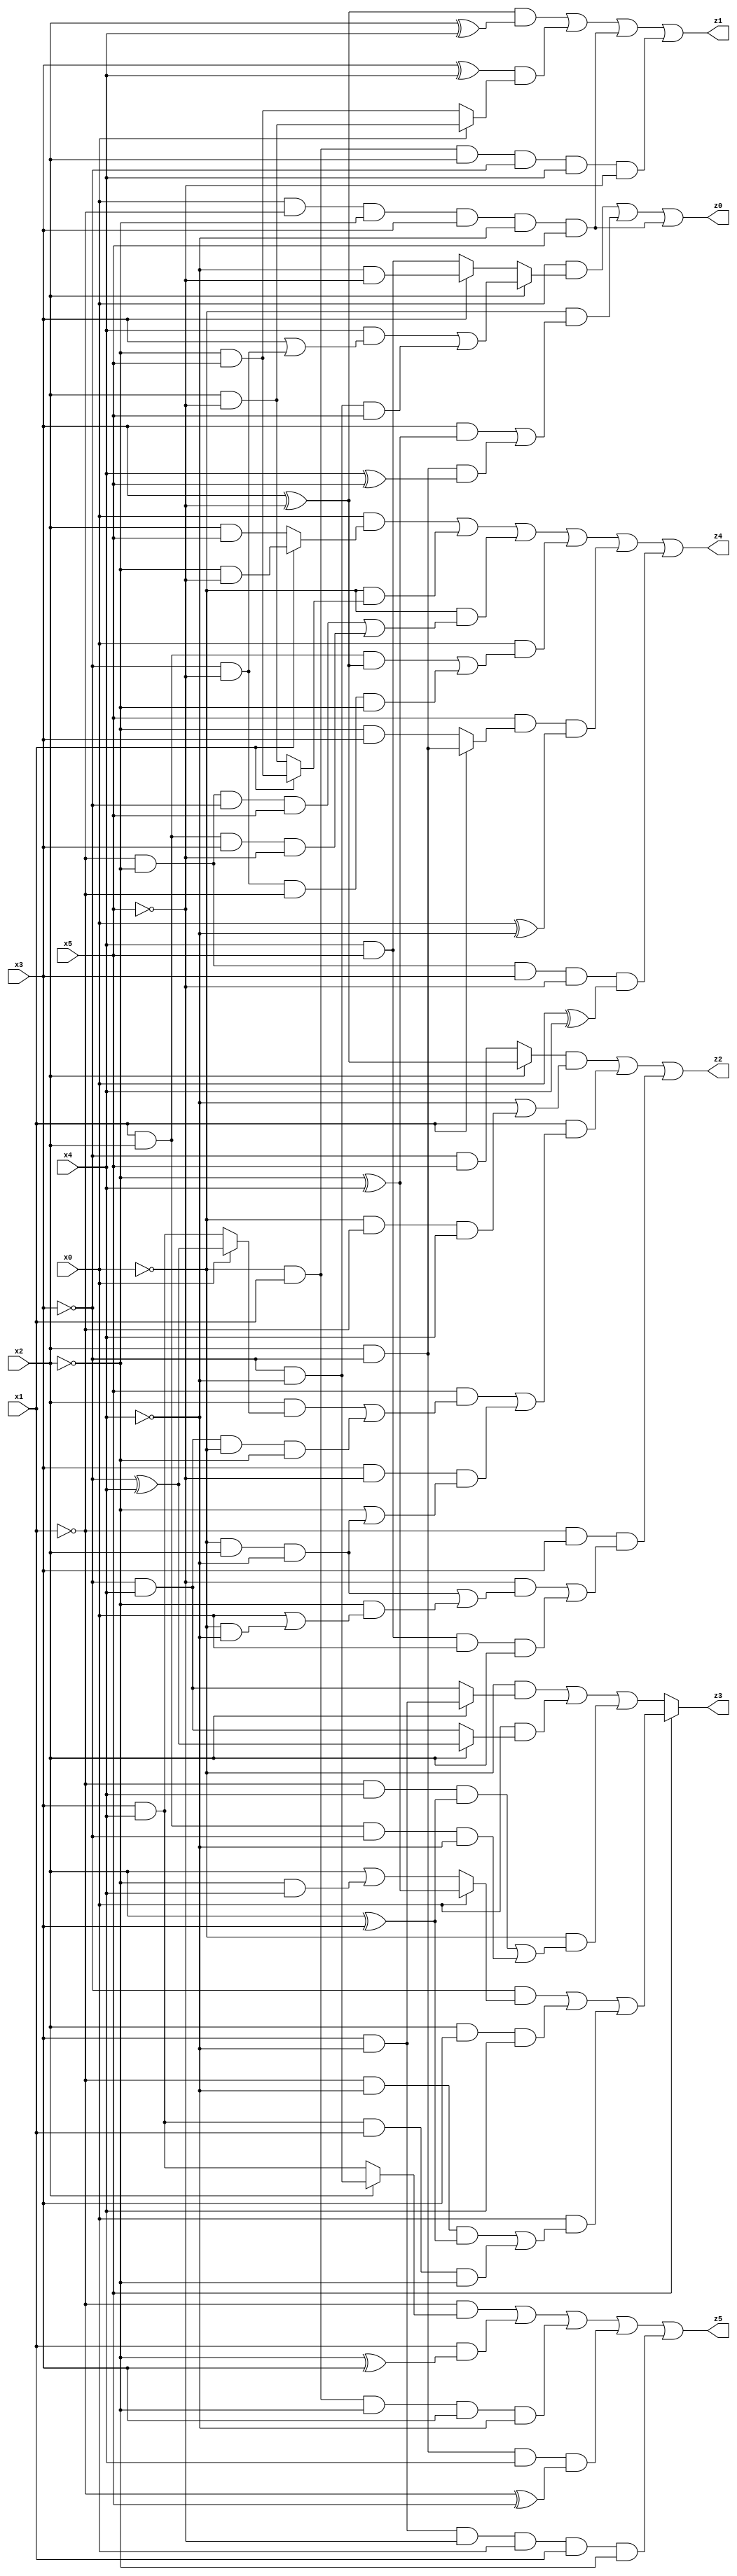
// Benchmark "X_61" written by ABC on Wed Jun 07 23:41:48 2023

module X_61 ( 
    x0, x1, x2, x3, x4, x5,
    z0, z1, z2, z3, z4, z5  );
  input  x0, x1, x2, x3, x4, x5;
  output z0, z1, z2, z3, z4, z5;
  assign z0 = (x0 & (x2 ? ((x4 & (x3 | (~x3 & ~x5))) | (~x3 & ~x4 & x5)) : (x3 ? (~x4 & ~x5) : (x4 & x5)))) | (~x0 & ((x3 & (~x2 ^ x4)) | (x2 & ~x3 & (x4 ^ x5)))) | (x0 & ~x1 & ~x2 & x3 & ~x4 & x5);
  assign z1 = ((x3 ^ ~x5) & (x2 ^ x4)) | ((x3 ^ x4) & (x0 ? (x2 & ~x5) : (~x2 & x5))) | (x0 & ~x1 & ~x2 & x3 & ~x4 & x5) | (~x0 & x1 & x2 & ~x3 & x4 & ~x5);
  assign z2 = ((x2 ? (x3 ^ ~x5) : (~x3 & x5)) & (~x4 | (~x0 & ~x1 & x4))) | (x1 & ((x5 & ((x2 & (x0 ? (~x3 ^ x4) : (x3 & x4))) | (~x3 & x4 & ~x0 & ~x2))) | (x3 & ~x5 & (~x2 | (~x0 & x2 & ~x4))))) | (~x1 & x3 & ((~x5 & ((~x0 & x2 & ~x4) | (~x2 & (x0 | (~x0 & ~x4))))) | (x4 & x5 & x0 & x2)));
  assign z3 = x5 ? ((~x3 & (x0 ? (~x2 ^ x4) : (x2 | (~x2 & x4)))) | (x2 & x3 & x4) | (x0 & ((~x1 & ~x4 & (x2 ^ x3)) | (x3 & x4 & x1 & ~x2)))) : ((~x0 & (x2 ? (x3 & ~x4) : (~x3 & x4))) | (x0 & (x2 ? (~x3 ^ x4) : (~x3 & x4))) | (~x0 & ((~x1 & x4 & (x2 ^ x3)) | (x1 & x2 & ~x3 & ~x4))));
  assign z4 = (x0 & (x1 ? (~x2 & ~x5) : (x2 & x5))) | (~x0 & (x1 ? (~x2 & x5) : (x2 & ~x5))) | (~x0 & ((~x1 & ~x2 & ~x3 & x5) | (x1 & x2 & x3 & ~x5))) | (x0 & ((x1 & x2 & (x3 ^ ~x5)) | (~x3 & ~x5 & ~x1 & ~x2))) | (x5 & (x1 ? (x2 & ~x3) : (~x2 & x3)) & (x0 ^ ~x4)) | (~x1 & ~x2 & x3 & ~x5 & (x0 ^ x4));
  assign z5 = (~x1 & (x2 ? (~x3 & ~x4) : (x3 & x4))) | (x1 & (~x2 ^ x3)) | (~x0 & x1 & ~x2 & x3 & ~x4) | (x2 & ~x3 & x4 & (~x1 ^ x5)) | (x3 & ~x4 & ~x5 & x0 & x1 & ~x2);
endmodule